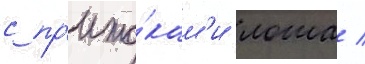
с пр'ито́кам'и лоша /